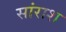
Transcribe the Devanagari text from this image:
सांराश